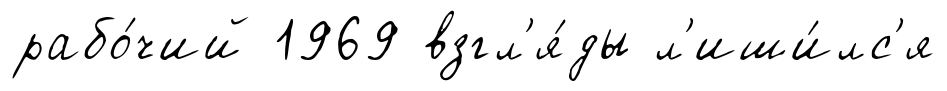
рабо́чий 1969 взгл'я́ды л'иши́лс'я